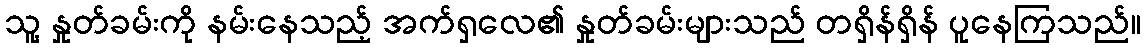
သူ့ နှုတ်ခမ်းကို နမ်းနေသည့် အက်ရှလေ၏ နှုတ်ခမ်းများသည် တရှိန်ရှိန် ပူနေကြသည်။